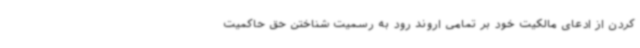
کردن از ادعای مالکیت خود بر تمامی اروند رود به رسمیت شناختن حق حاکمیت